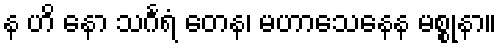
န ဟိ နော သင်္ဂရံ တေန၊ မဟာသေနေန မစ္စုနာ။